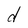
Character: d